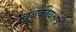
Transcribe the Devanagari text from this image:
चुंबकीयक्षेत्र